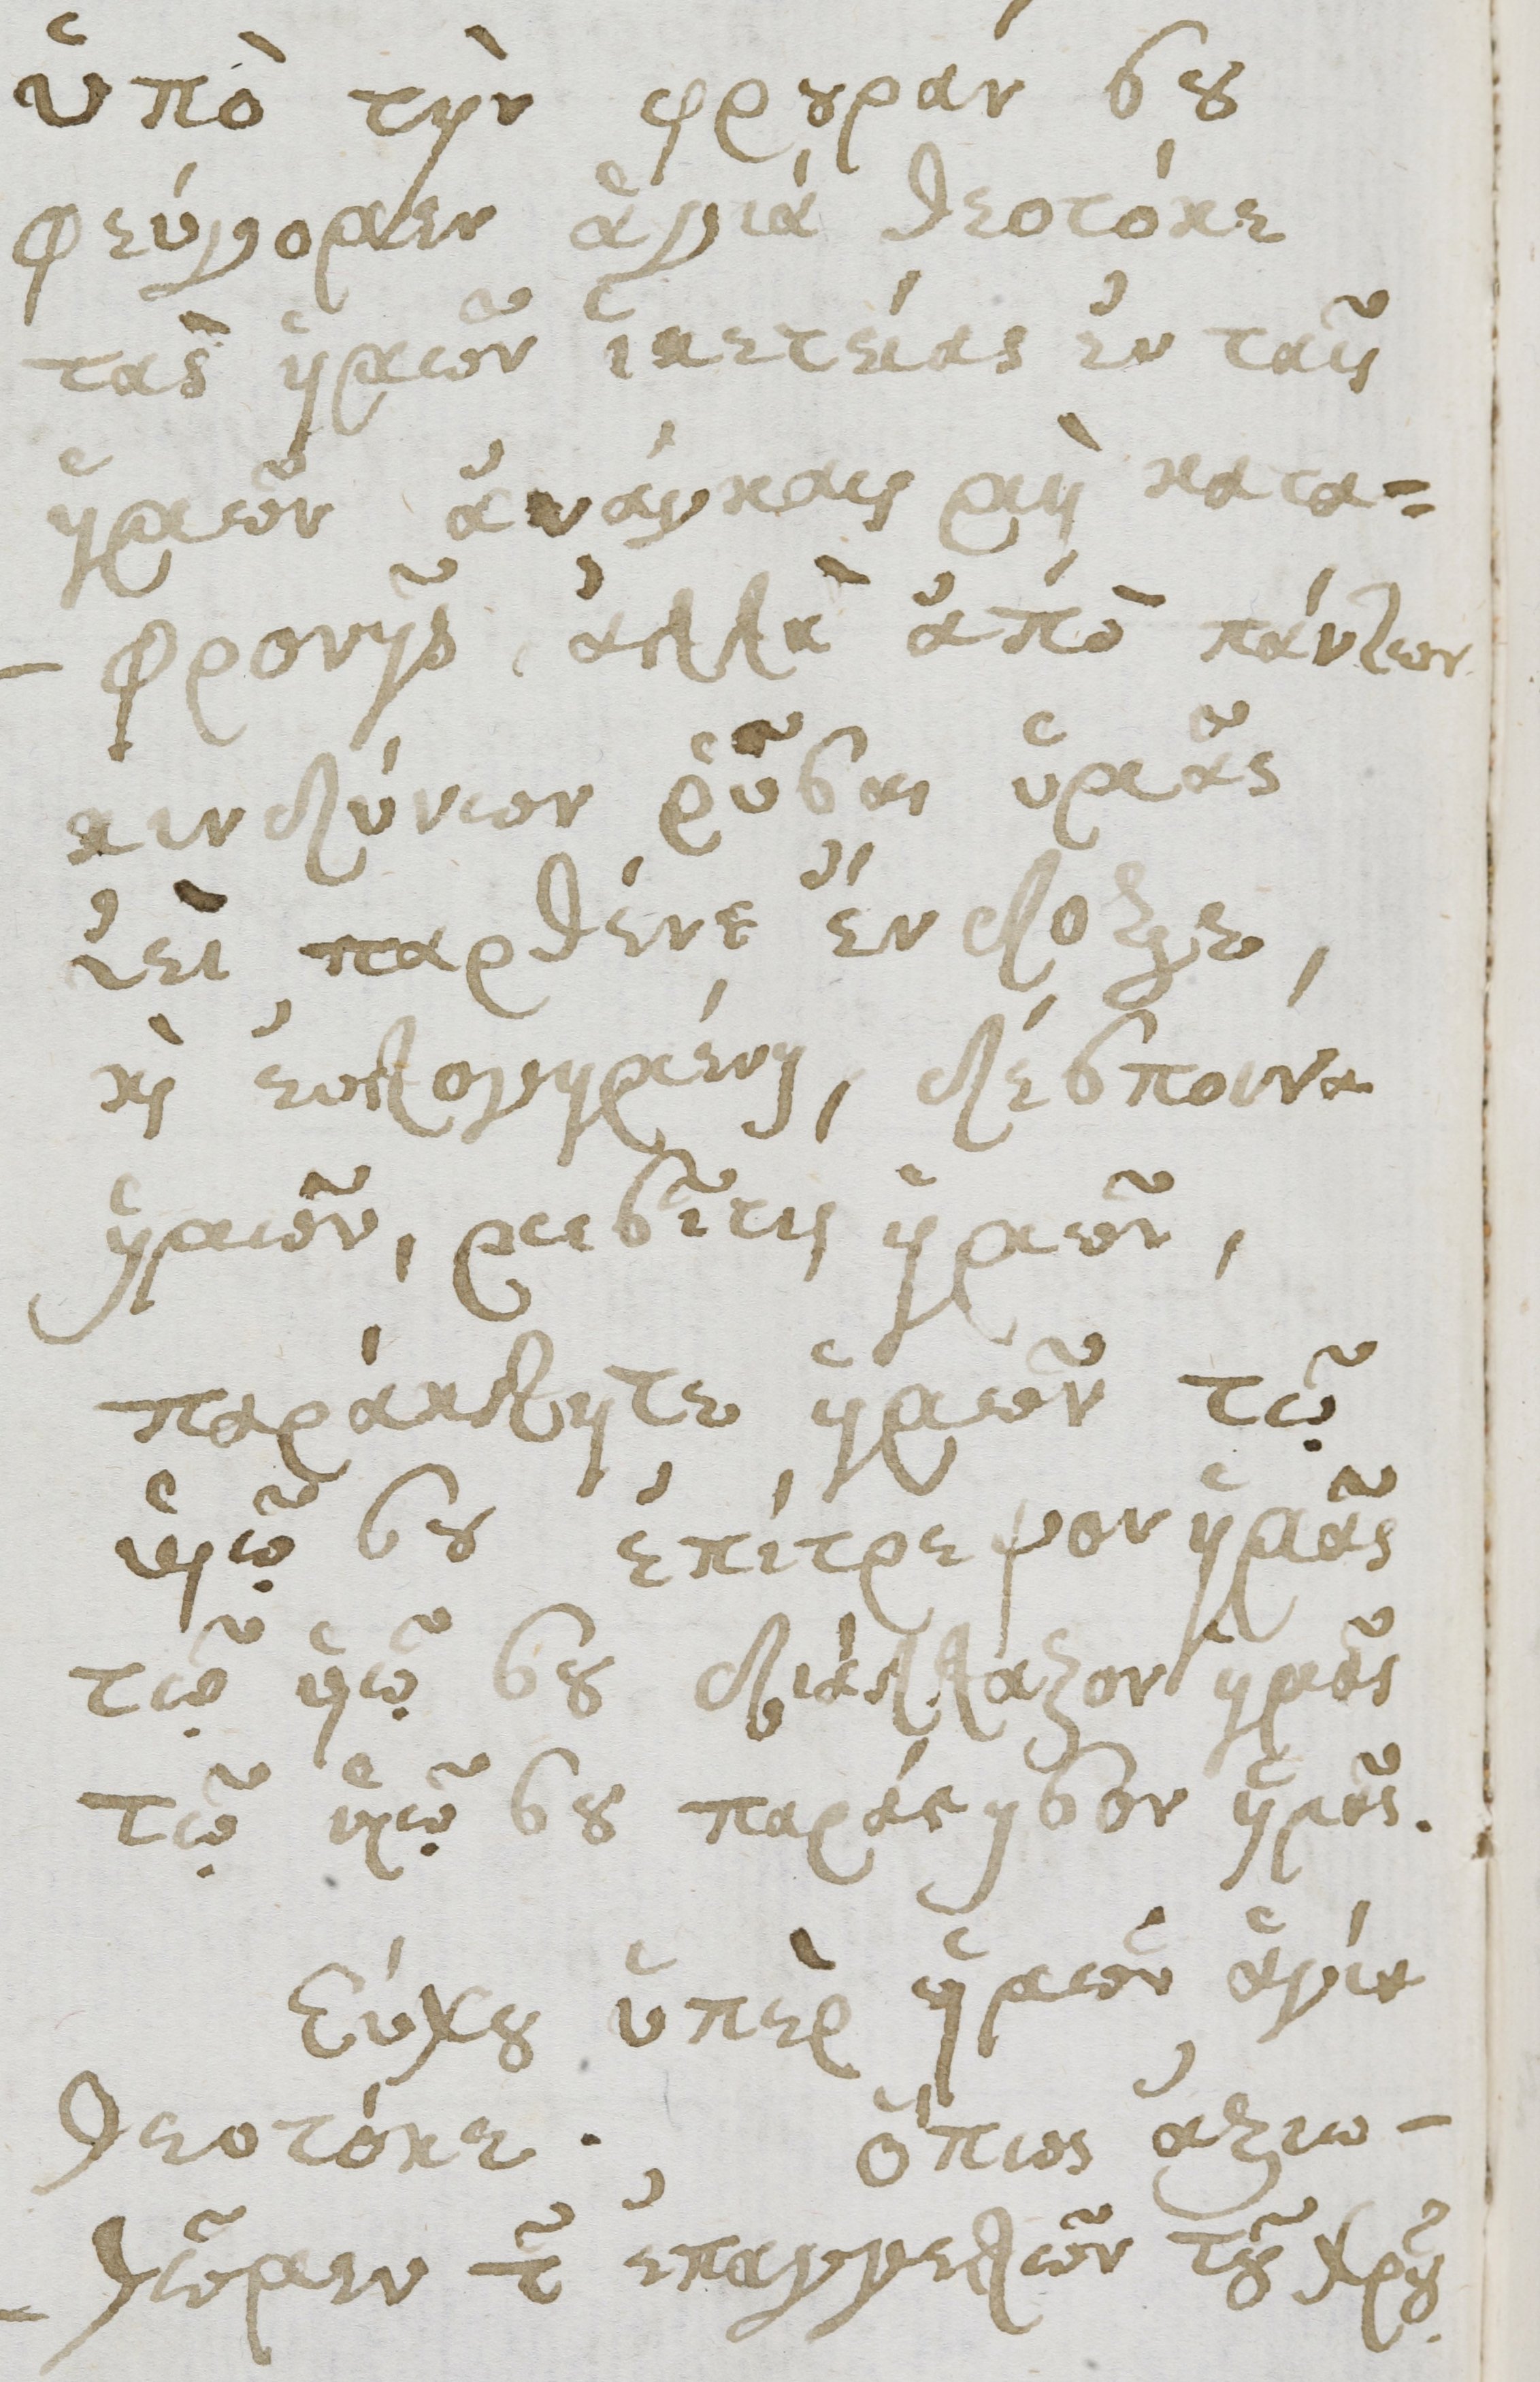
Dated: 1600–1699